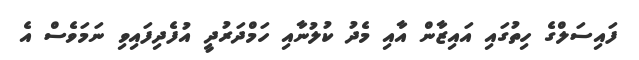
ފައިސަލްގެ ހިތުގައި އައިޒާން އާއި މެދު ކުލުނާއި ހަމްދަރުދީ އުފެދިފައިވި ނަމަވެސް އެ